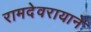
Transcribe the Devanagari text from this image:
रामदेवरायाने